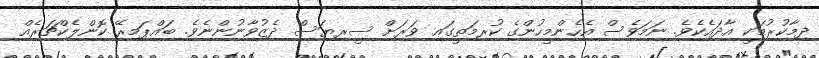
ދިމާކުރުމަކީ އާދައެކެވެ. ނަމަވެސް އެހެންމީހުންގެ ކުރިމަތީގައި ވަރަށް ސީރިޔަސް ދެޒުވާނުންނެވެ. ބައްޕަމިރޭ ކޮންލެކްޗަރެއް